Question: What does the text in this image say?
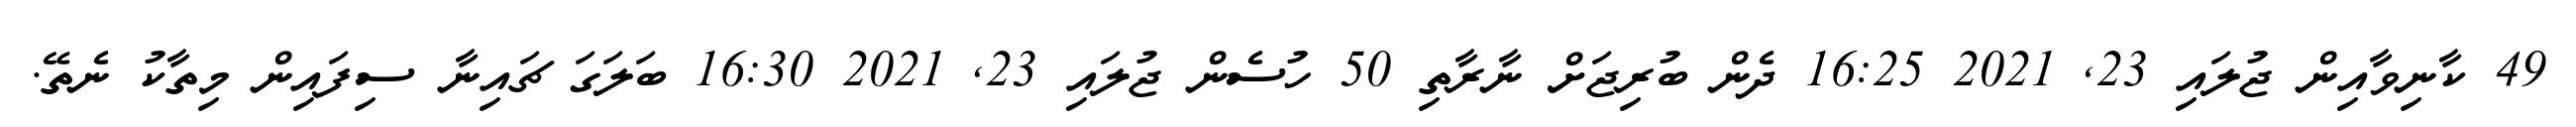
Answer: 49 ކާނިވާއިން ޖުލައި 23, 2021 16:25 ދެން ބުރިޖަށް ނާރާތި 50 ހުސެން ޖުލައި 23, 2021 16:30 ބަލަގަ ޗައިނާ ސިފައިން މިތާކު ނެތޭ.